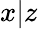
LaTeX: x\vert z